Problem: 12 × 6 = ?
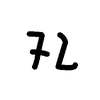
Handwritten answer: 72